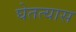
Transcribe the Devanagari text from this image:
घेतत्यास